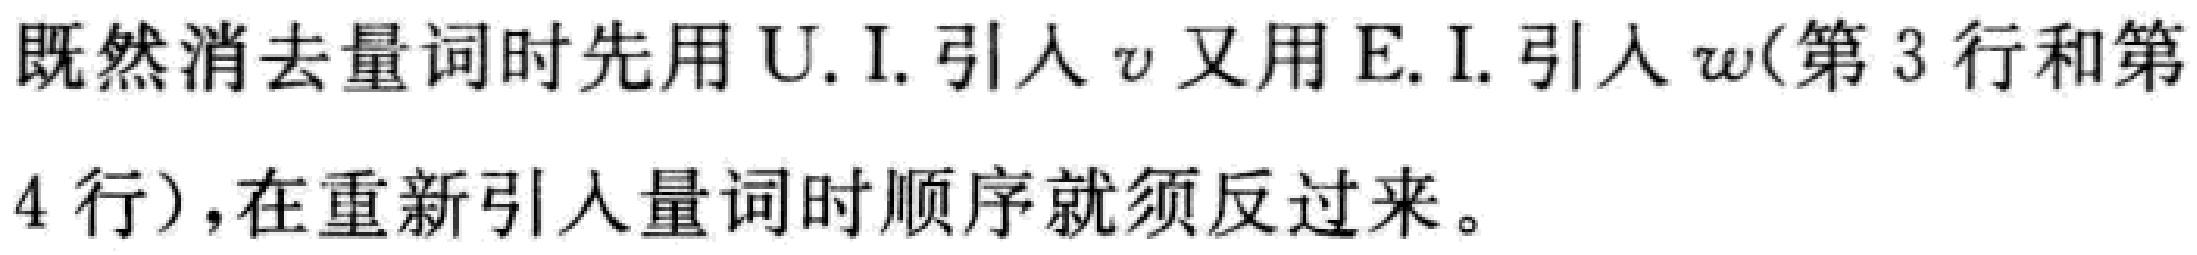
既然消去量词时先用U.I.引人\(v\)又用E.I.引人\(w\)(第3行和第4行)，在重新引入量词时顺序就须反过来。